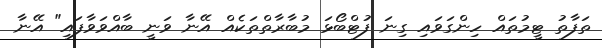
ތަފާތު ޓީމުތައް ހިންގަވައި ގިނަ ފުޓްބޯޅަ މުބާރާތްތަކެއް އޭނާ ވަނީ ބާއްވަވާފައި" އޭނާ